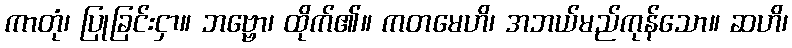
ကာတုံ၊ ပြုခြင်းငှာ။ ဘဗ္ဗော၊ ထိုက်၏။ ကတမေဟိ၊ အဘယ်မည်ကုန်သော။ ဆဟိ၊